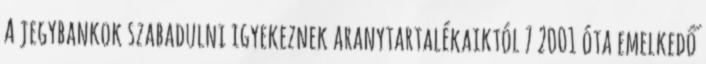
A jegybankok szabadulni igyekeznek aranytartalékaiktól 7 2001 óta emelkedő